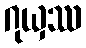
ဂုယှဿ